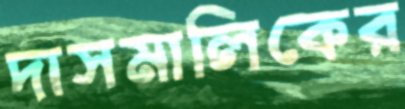
দাসমালিকের